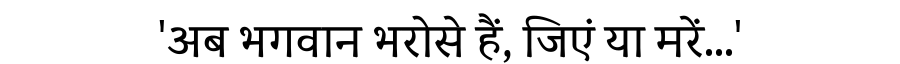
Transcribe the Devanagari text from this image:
'अब भगवान भरोसे हैं, जिएं या मरें...'